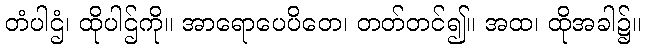
တံပါဌံ၊ ထိုပါဌ်ကို။ အာရောပေပိတေ၊ တတ်တင်၍။ အထ၊ ထိုအခါ၌။